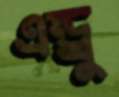
এন্ড্রু